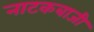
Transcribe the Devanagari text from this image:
नाटकबाजी